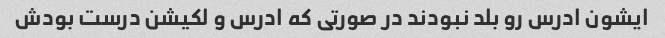
ایشون ادرس رو بلد نبودند در صورتی که ادرس و لکیشن درست بودش